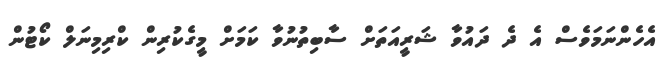
އެހެންނަމަވެސް އެ ދެ ދައުވާ ޝަރީއަތަށް ސާބިތުނުވާ ކަމަށް މީގެކުރިން ކްރިމިނަލް ކޯޓުން